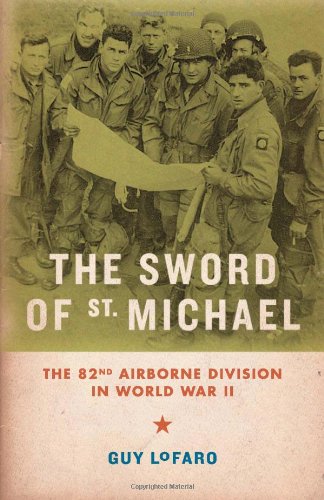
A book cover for The Sword of St. Michael: The 82nd Airborne Division in World War II; Guy LoFaro; History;